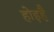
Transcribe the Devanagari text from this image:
होइहै